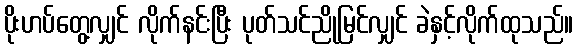
ပိုးဟပ်တွေ့လျှင် လိုက်နင်းပြီး ပုတ်သင်ညိုမြင်လျှင် ခဲနှင့်လိုက်ထုသည်။